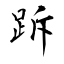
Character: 跅